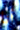
أنا